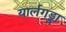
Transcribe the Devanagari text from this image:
यार्लगड्डा